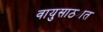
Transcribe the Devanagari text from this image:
वायुसाठ्यात